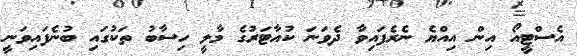
އެސްޓީއޯ އިން އިއްޔެ ނެރެފައިވާ ދެވަނަ ކުއާޓަރުގެ މާލީ ހިސާބު ތަކުގައި ބުނެފައިވަނީ